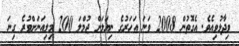
ވިދާޅުވިއެވެ. އެގޮތުން 2008 ވަނަ އަހަރުގެ ނިޔަލަށް ޖުމްލަ 200 މިލިއަނަށްވުރެ ގިނަ